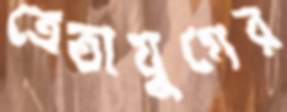
ত্রেতাযুগের